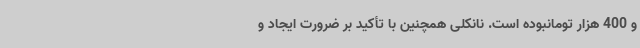
و 400 هزار تومانبوده است. نانکلی همچنین با تأکید بر ضرورت ایجاد و